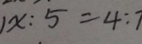
1 x : 5 = 4 : 7